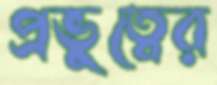
প্রভুত্বের